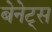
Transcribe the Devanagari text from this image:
बेनेट्स